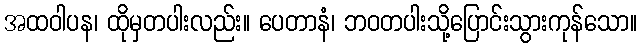
အထဝါပန၊ ထိုမှတပါးလည်း။ ပေတာနံ၊ ဘဝတပါးသို့ပြောင်းသွားကုန်သော။